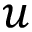
\boldsymbol { u }